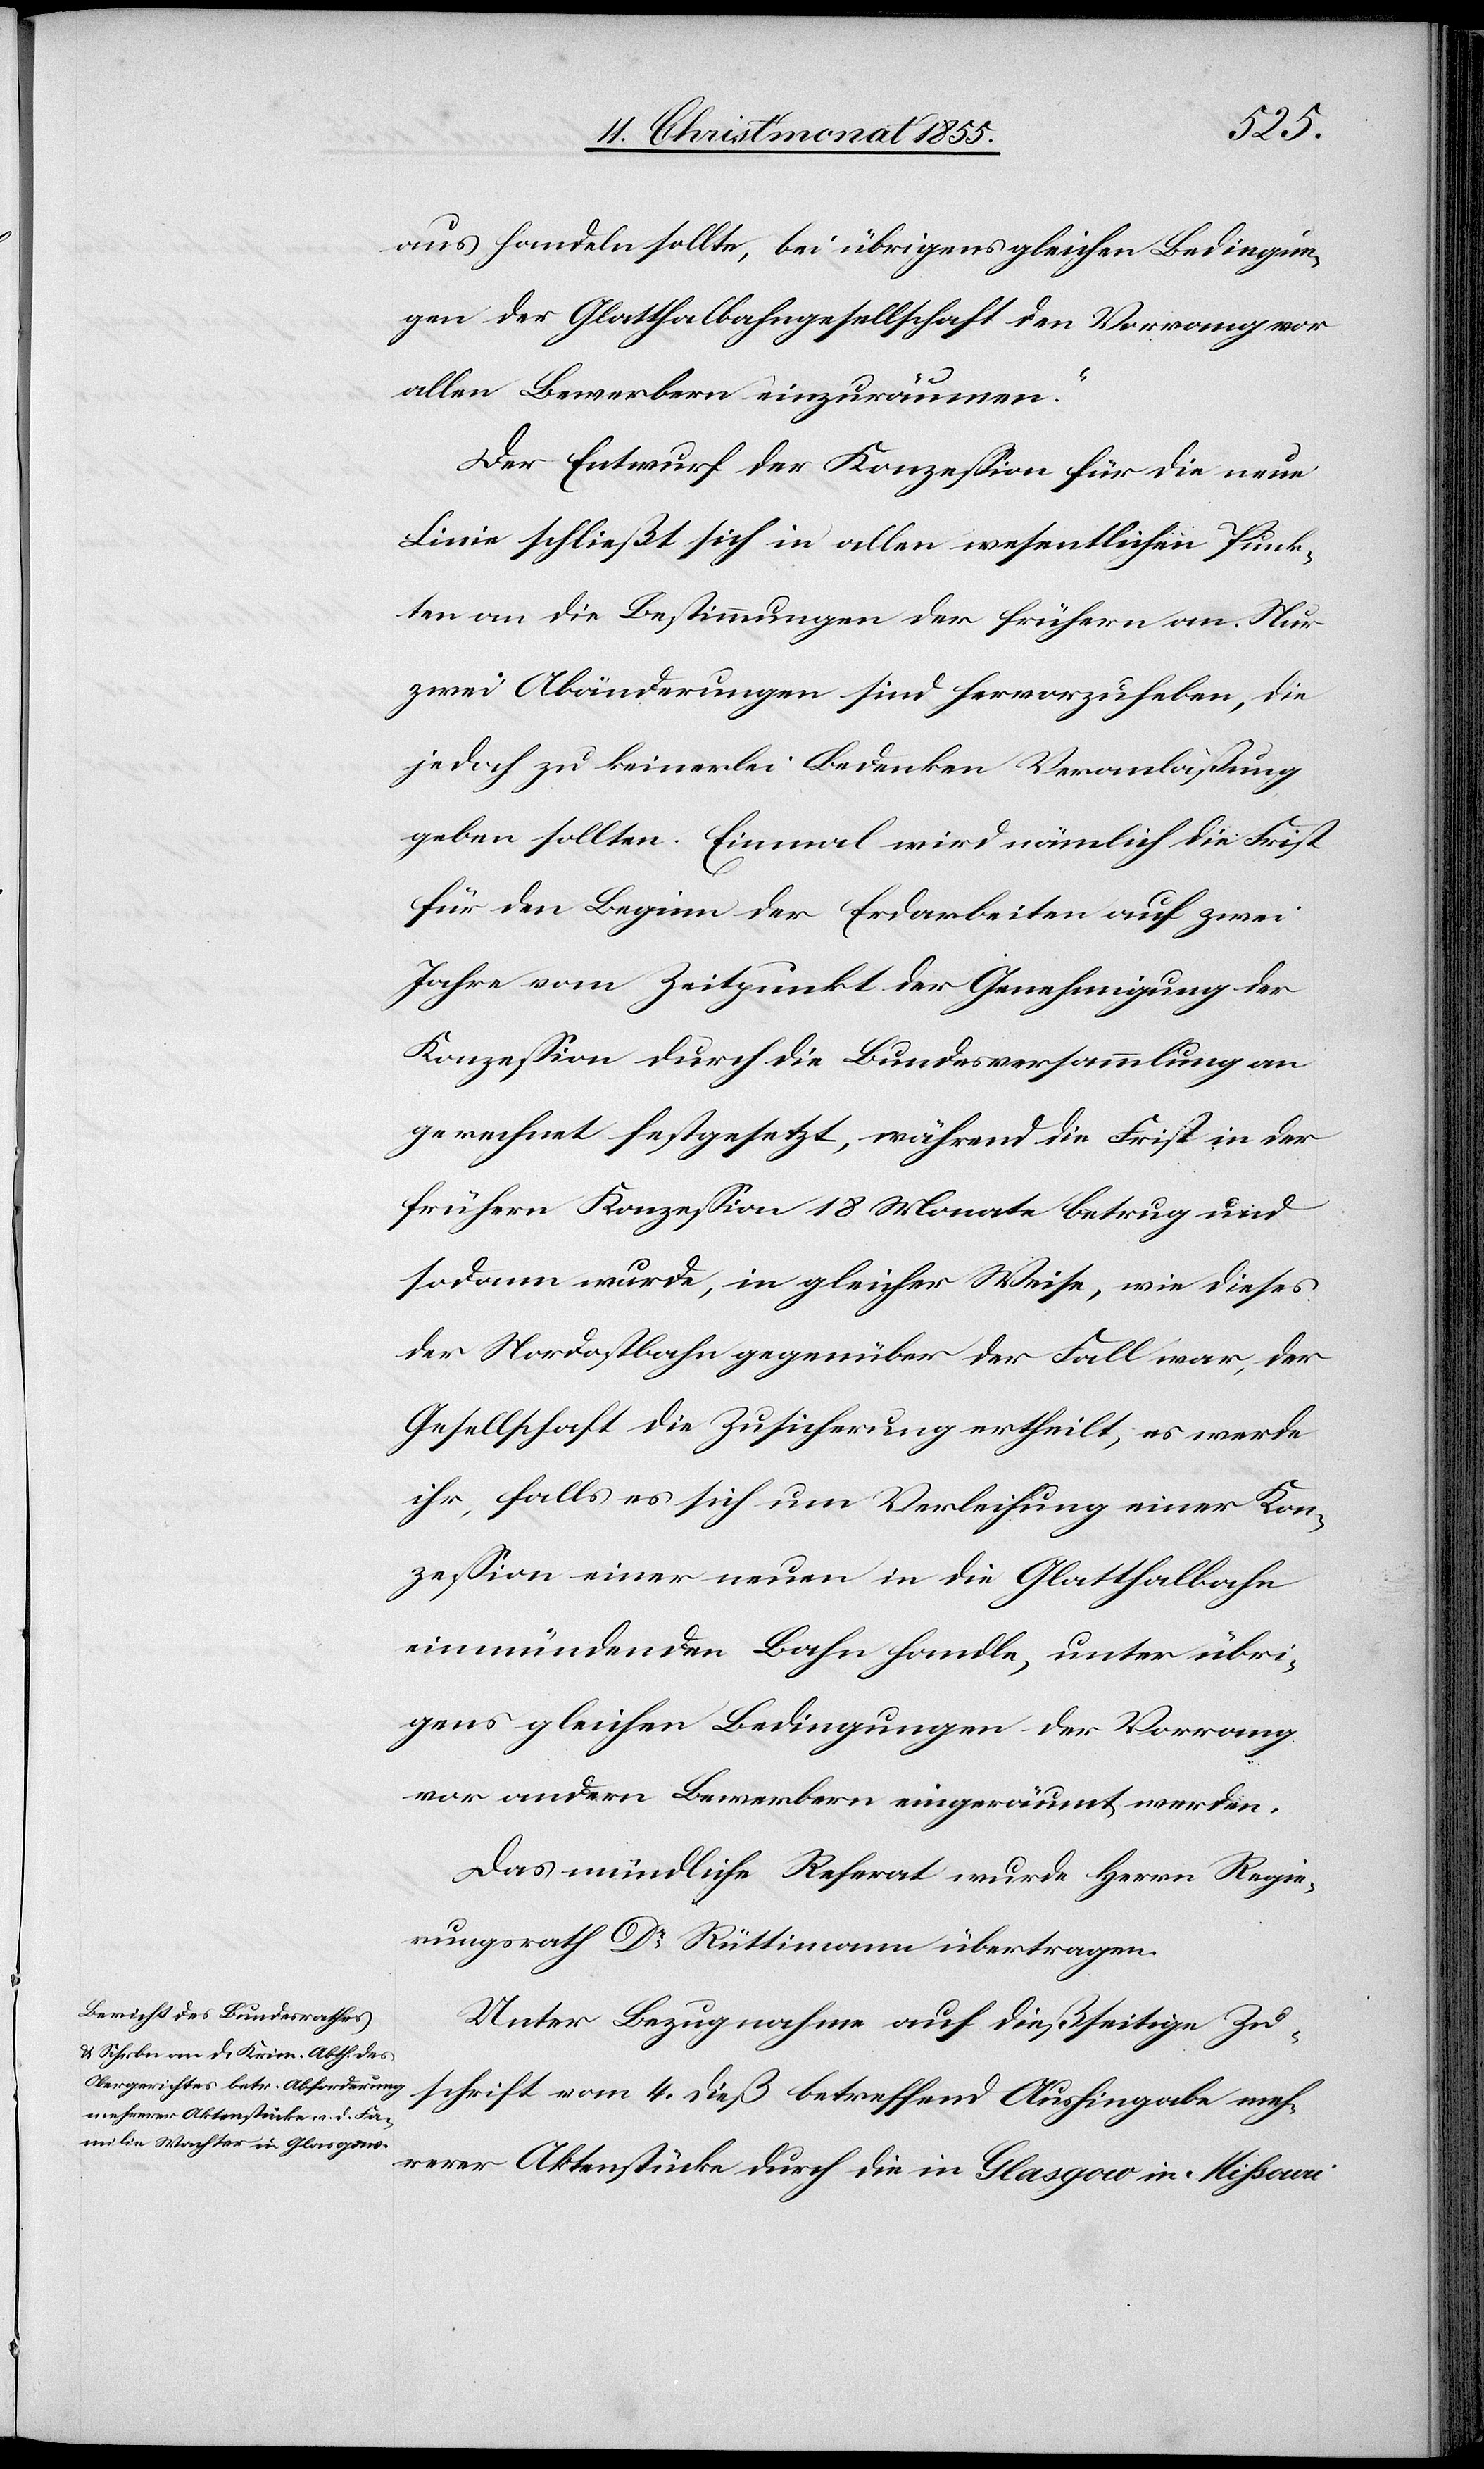
aus handeln sollte, bei übrigens gleichen Bedingun¬
gen der Glatthalbahngesellschaft den Vorrang vor
allen Bewerbern einzuräumen.“
Der Entwurf der Konzession für die neue
Linie schließt sich in allen wesentlichen Punk¬
ten an die Bestimmungen der frühern an. Nur
zwei Abänderungen sind hervorzuheben, die
jedoch zu keinerlei Bedenken Veranlaßung
geben sollten. Einmal wird nämlich die Frist
für den Beginn der Erdarbeiten auf zwei
Jahre vom Zeitpunkt der Genehmigung der
Konzession durch die Bundesversammlung an
gerechnet festgesetzt, während die Frist in der
frühern Konzession 18 Monate betrug und
sodann wurde, in gleicher Weise, wie dieses
der Nordostbahn gegenüber der Fall war, der
Gesellschaft die Zusicherung ertheilt, es werde
ihr, falls es sich um Verleihung einer Kon¬
zession einer neuen in die Glatthalbahn
einmündenden Bahn handle, unter übri¬
gens gleichen Bedingungen der Vorrang
vor andern Bewerbern eingeräumt werden.
Das mündliche Referat wurde Herrn Regie¬
rungsrath Dr Rüttimann übertragen.
Unter Bezugnahme auf dießseitige Zu¬
schrift vom 4. dieß betreffend Aushingabe meh¬
rerer Aktenstücke durch die in Glasgow in Missouri